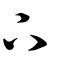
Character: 下